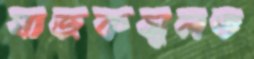
যাজকসুলভ